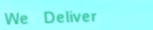
We Deliver